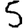
Digit: 5